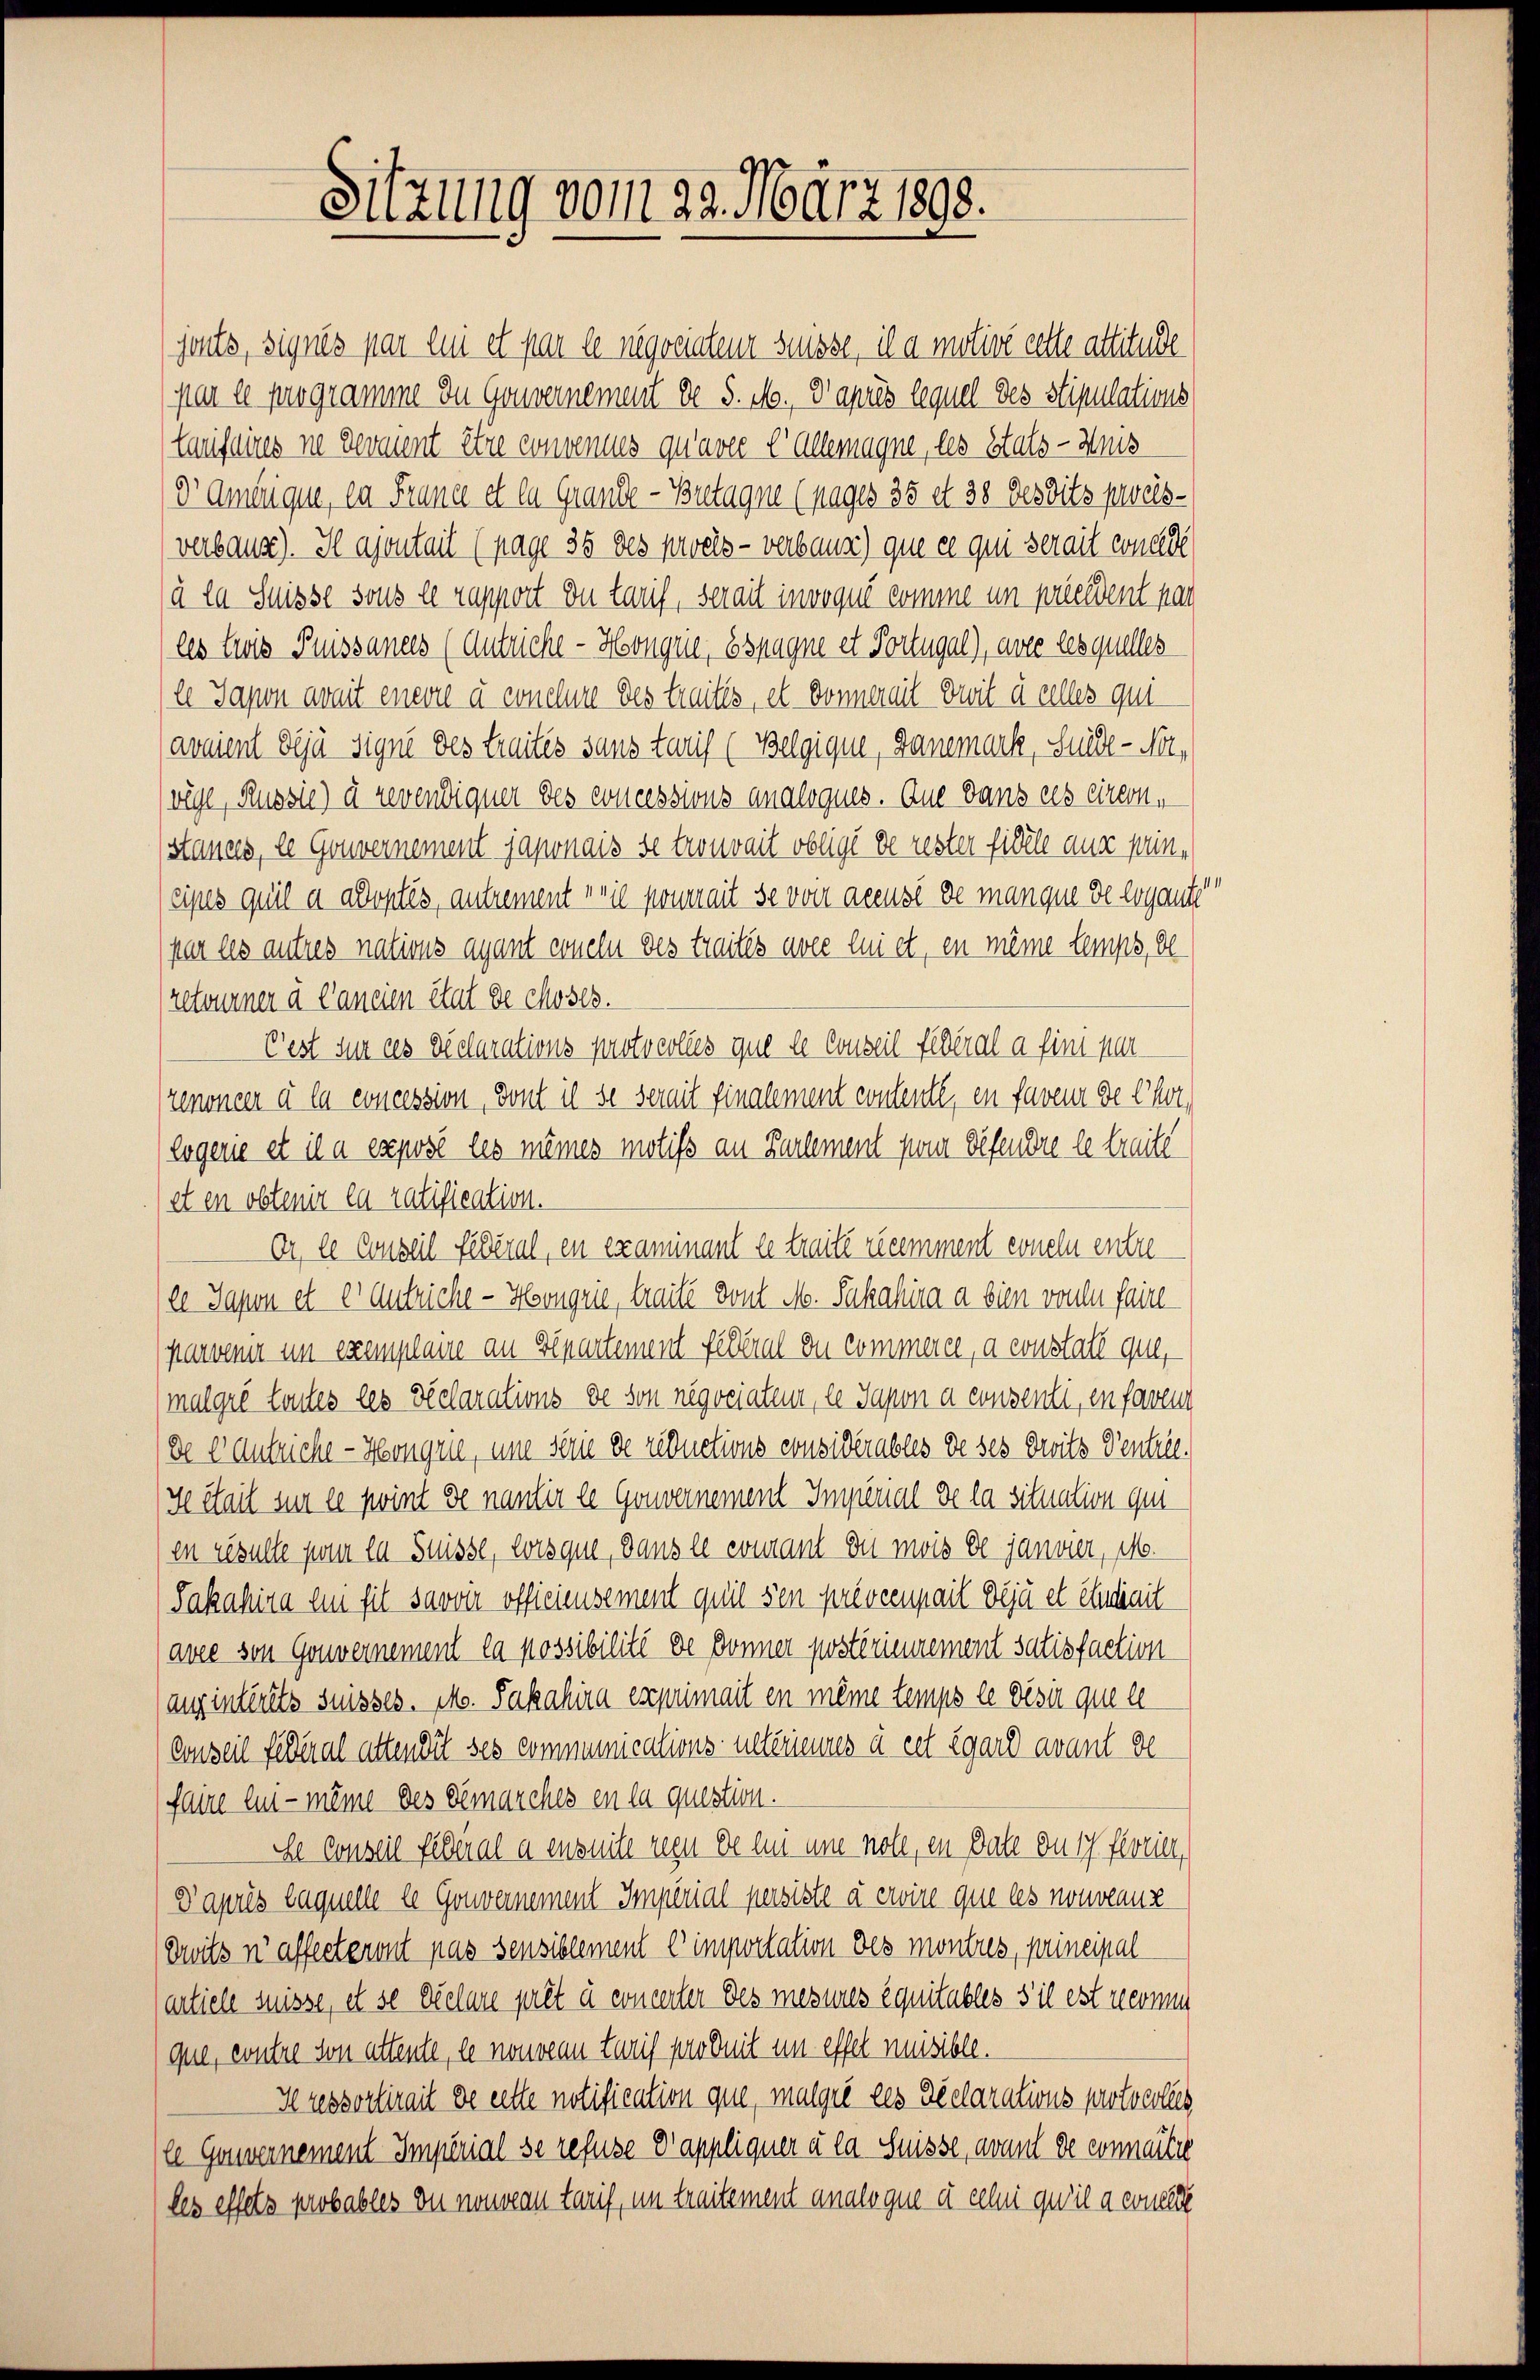
Sitzung vom 29. März 1898.

jants, signés par lui et par le negociateur süsse, il a motive cette attitude
par le programme du Gouvernement de 5. No., Paprès lequel des stipulations
laufsires ne devient être convenues qu’avec e allemagne, les stats - Weis
Dr. Ambrique, ca France et la Grande-Bretagne (pages 35 et 38 desdits preisverbaug). Il ajoutait (pag. 35 des procès-verbauer) que ce qui serait wurde
à la Suisse sous le rapport du tauf, serait invoqué comme im preeident pas
les Zwis Puissances (Antriche - Hongrie, Espagne et Portugal), avec lesquelles
el Sapon avait enevie à conclure des traités, et Donnereit Duit à celles qui
avaient déjà Signé des traites sans tarif (Belgique, Ganemark, Surde - Nowege, Russie) à revendiquer des concessions analoques. Aus dans ces einem
stances, le Gouvernement japonais se trouvait obligé de rester fidele aus pencipes quil a adoptés, autrement voie ponait se von accusé de manque de ergante
par les autres nations ayant erneln des traités avec lui et, en même temps, de
retourner à l’ancien état de choses.
Pest sie des Declarations protocolles que le Conseil fédéral a fint par
renoncer à la concession, dont il se semit finalement contente, en faveur de Chor,
logene et il a exposé les mêmes motifs an Karlement par Defendre le treite
et en obtenir la ratification.
Or le Conseil fédéral, en examinant le traité recomment coneln entrele Sapon et er Aufriche - Honorie, traité dont M. Sahahira a bien vonen faire
parveni in exemplane an Departement Feberal du commerer, a constall que,
(malgré toutes les Relarations de son negociateur, le Sapon a consenti, en faveu
de Antriche - Kongrie, um serie de reductions considérables de ses droits Ventill.
Se étail sur le point de nantir le Gouvernement Imperial de la situation ge
en resulte par la Suisse, lorsque, dans le courant du mois de janvier, 116.
Jakahira lui fil savoir officiensement quil sen prévcenpail déjà et eludiat
avel von Gouvernement la possibilité de Donner postérieurement satisfaction
ausinterets suisses. Mo. Pakahira exprimait en meine temps le désir que le
Conseil festeral alten die ses communications- ultérieures à cet égard avant de
faire lui-même des Gemarches en la question.
Se Conseil Peterial a enseite reçu de lui une note, en date du 17 freien
D’après laquelle le Gouvernement Imperial persiste à eise que les nouveaus
duits n’affecteront pas sensiblement C importation des montres, principal
antiele suisse, et se Declare prêt à concerter des mesures équitables s il est reconn
que, contre von attente, le nouveau tarif produit in effel nuisible.
Kressortirait de cette notification que, malgić les déclarations protocolles
ll Gouvernement Imperial se refuse d’appliquer à la Suisse, avant de connaitie
(les effets probables du nouveau tarif, im traitement analogue et celui qui a consere